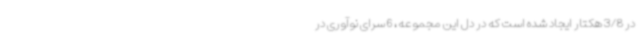
در 3/8 هکتار ایجاد شده است که در دل این مجموعه، 6 سرای نوآوری در